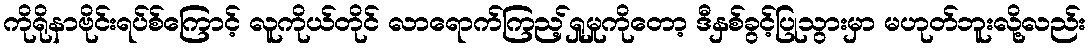
ကိုရိုနာဗိုင်းရပ်စ်ကြောင့် လူကိုယ်တိုင် လာရောက်ကြည့်ရှုမှုကိုတော့ ဒီနှစ်ခွင့်ပြုသွားမှာ မဟုတ်ဘူးလို့လည်း